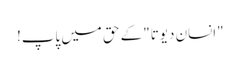
"انسان دیوتا" کے حق میں پاپ!